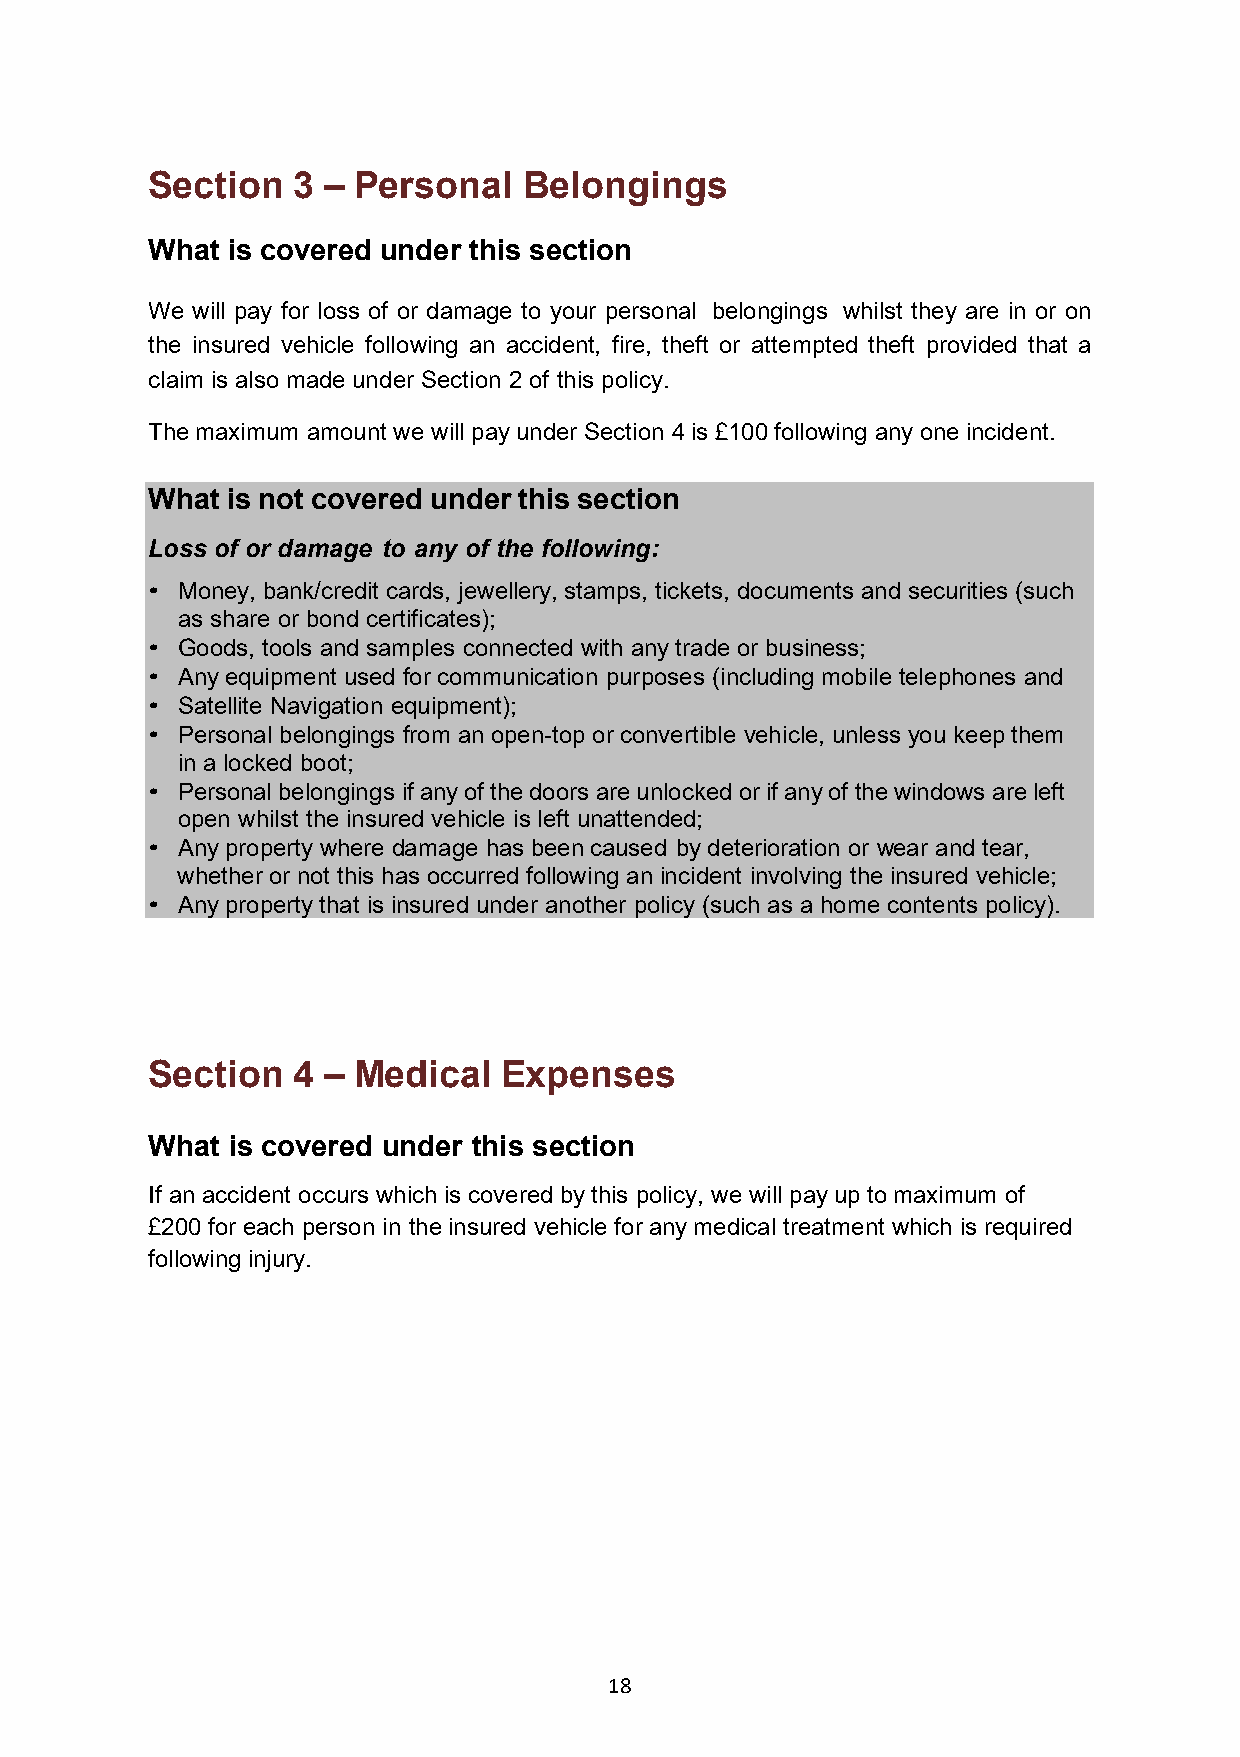
Section  3 – Personal    Belongings
 What is covered under this section
 We will pay for loss of or damage to your personal belongings whilst they are in or on
 the insured vehicle following an accident, fire, theft or attempted theft provided that a
 claim is also made under Section 2 of this policy.
 The maximum amount we will pay under Section 4 is £100 following any one incident.
 What is not covered under this section
 Loss of or damage to any of the following:
 • Money, bank/credit cards, jewellery, stamps, tickets, documents and securities (such
 as share or bond certificates);
 • Goods, tools and samples connected with any trade or business;
 • Any equipment used for communication purposes (including mobile telephones and
 • Satellite Navigation equipment);
 • Personal belongings from an open-top or convertible vehicle, unless you keep them
 in a locked boot;
 • Personal belongings if any of the doors are unlocked or if any of the windows are left
 open whilst the insured vehicle is left unattended;
 • Any property where damage has been caused by deterioration or wear and tear,
 whether or not this has occurred following an incident involving the insured vehicle;
 • Any property that is insured under another policy (such as a home contents policy).
 Section  4 – Medical   Expenses
 What is covered under this section
 If an accident occurs which is covered by this policy, we will pay up to maximum of
 £200 for each person in the insured vehicle for any medical treatment which is required
 following injury.
 18